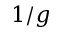
1 / g